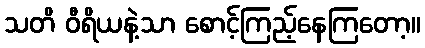
သတိ ဝီရိယနဲ့သာ စောင့်ကြည့်နေကြတော့။